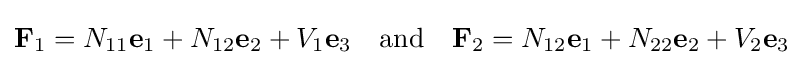
\mathbf {F} _{1}=N_{11}\mathbf {e} _{1}+N_{12}\mathbf {e} _{2}+V_{1}\mathbf {e} _{3}\quad {\text{and}}\quad \mathbf {F} _{2}=N_{12}\mathbf {e} _{1}+N_{22}\mathbf {e} _{2}+V_{2}\mathbf {e} _{3}